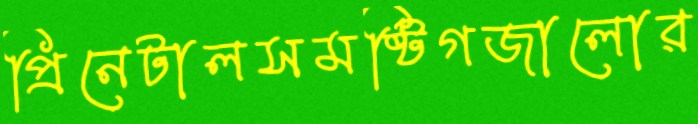
প্রিনেটালসমষ্টিগজালোর